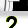
Digit: 2